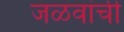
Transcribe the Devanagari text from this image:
जळवांची